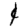
Digit: 1